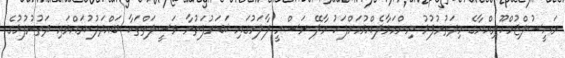
ރައީސުލްޖުމްހޫރިއްޔާގެ މިދަތުރުފުޅު ނިންމަވާލެއްވުމަށްފަހު މާލޭ ރަސްމީ ފާލަމުގައި ޚަބަރުފަތުރާ ވަސީލަތްތަކާ ބައްދަލުކުރައްވައި ދަތުރުފުޅުގެ